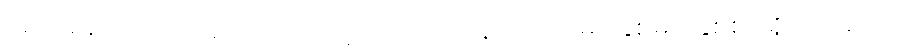
အကြမ်း သဘောအားဖြင့် ကြည့်လျှင် ဒဿနိကဗေဒမှာ နှစ်မျိုး နှစ်စားရှိလေသည်။